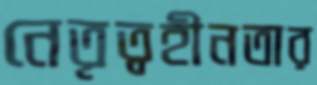
নেতৃত্বহীনতার